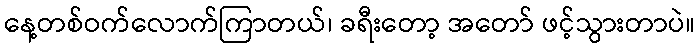
နေ့တစ်ဝက်လောက်ကြာတယ်၊ ခရီးတော့ အတော် ဖင့်သွားတာပဲ။